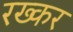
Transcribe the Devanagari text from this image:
रख्कर